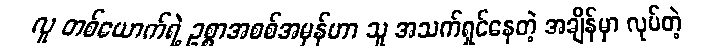
လူ တစ်ယောက်ရဲ့ ဥစ္စာအစစ်အမှန်ဟာ သူ အသက်ရှင်နေတဲ့ အချိန်မှာ လုပ်တဲ့